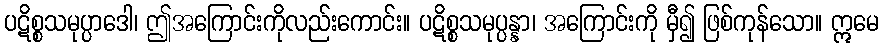
ပဋိစ္စသမုပ္ပာဒေါ၊ ဤအကြောင်းကိုလည်းကောင်း။ ပဋိစ္စသမုပ္ပန္နာ၊ အကြောင်းကို မှီ၍ ဖြစ်ကုန်သော။ ဣမေ